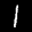
Digit: 1